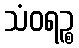
သံဝရဉ္စ